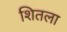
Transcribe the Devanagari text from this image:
शितला